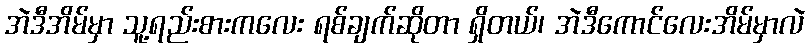
အဲဒီအိမ်မှာ သူ့ရည်းစားကလေး ရစ်ချက်ဆိုတာ ရှိတယ်၊ အဲဒီကောင်လေးအိမ်မှာလဲ